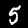
Digit: 5